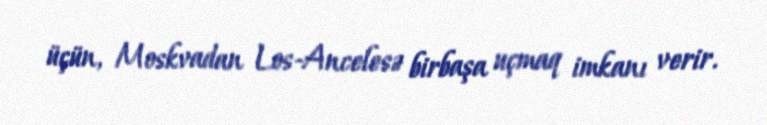
üçün, Moskvadan Los-Ancelesə birbaşa uçmaq imkanı verir.